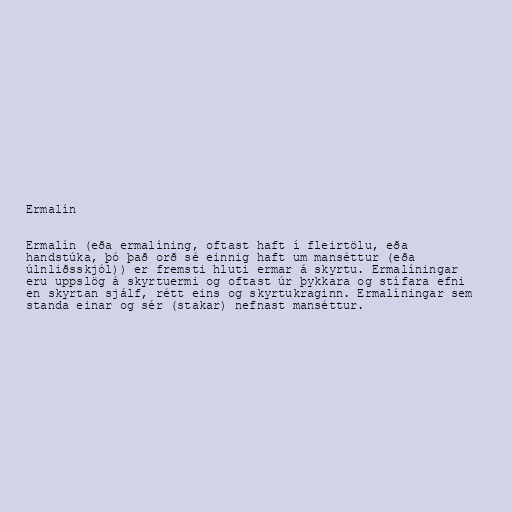
Ermalín

Ermalín (eða ermalíning, oftast haft í fleirtölu, eða
handstúka, þó það orð sé einnig haft um manséttur (eða
úlnliðsskjól)) er fremsti hluti ermar á skyrtu. Ermalíningar
eru uppslög á skyrtuermi og oftast úr þykkara og stífara efni
en skyrtan sjálf, rétt eins og skyrtukraginn. Ermalíningar sem
standa einar og sér (stakar) nefnast manséttur.